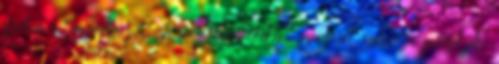
pedig a tengerbe jut. A természetvédelmi szervezet szakértői javasolják: